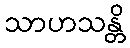
သာဟသန္တိ